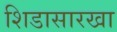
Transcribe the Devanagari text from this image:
शिडासारखा